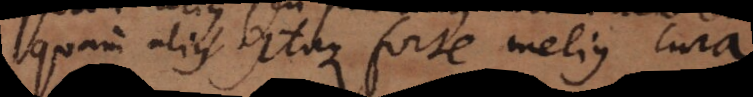
quam alius, itaque forte melius cura.